Leaving Certificate Examination, 1910
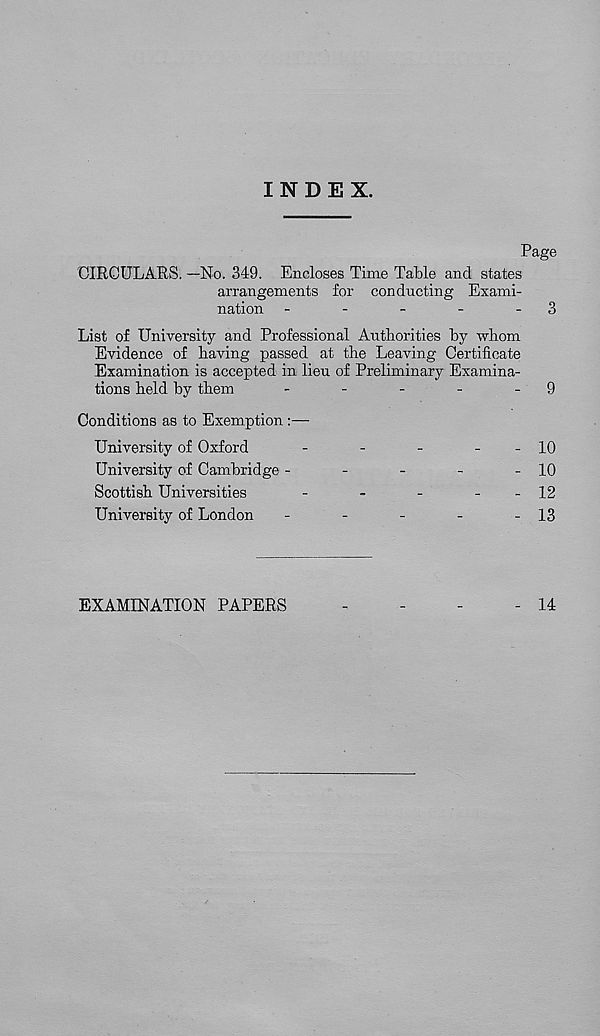
INDEX.
Page
CIRCULARS. —No. 349. Encloses Time Table and states
arrangements for conducting Exami-
nation -
-
-
-
- 3
List of University and Professional Authorities by whom
Evidence of having passed at the Leaving Certificate
Examination is accepted in lieu of Preliminary Examina-
tions held by them
-
-
-
-
- 9
Conditions as to Exemption :—
University of Oxford
-
-
-
-
- 10
University of Cambridge -
-
-
-
- 10
Scottish Universities
-
-
-
-
- 12
University of London
-
-
-
-
- 13
EXAMINATION PAPERS
14